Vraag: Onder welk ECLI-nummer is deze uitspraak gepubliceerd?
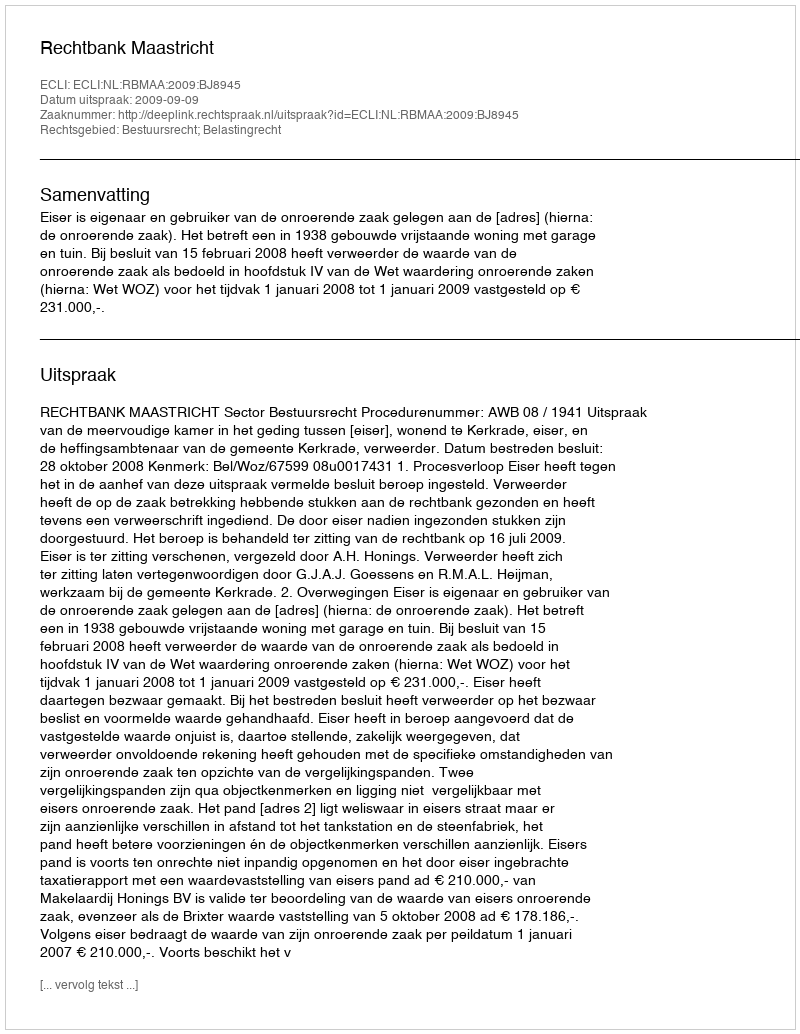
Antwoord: ECLI:NL:RBMAA:2009:BJ8945